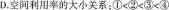
D.空利用率的大小关系： $$\overrightarrow{1}< \overrightarrow{2}< \overrightarrow{3}< \overrightarrow{4}$$